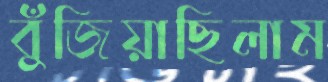
বুঁজিয়াছিলাম